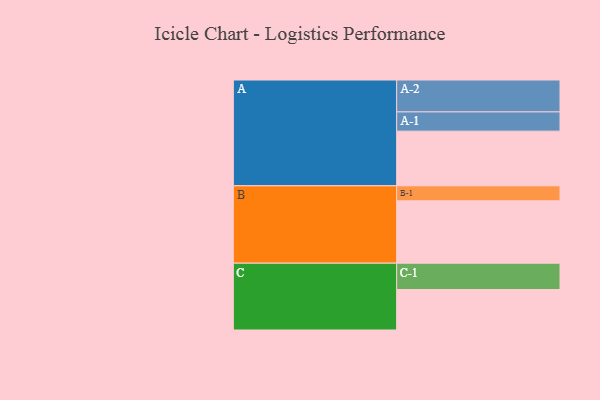
{"axis": {"x": "Segment", "y": "Value"}, "legend": ["", "A", "B", "C"], "data": [{"x": "A", "y": 454, "type": ""}, {"x": "B", "y": 518, "type": ""}, {"x": "C", "y": 336, "type": ""}, {"x": "A-1", "y": 160, "type": "A"}, {"x": "A-2", "y": 265, "type": "A"}, {"x": "B-1", "y": 125, "type": "B"}, {"x": "C-1", "y": 219, "type": "C"}]}